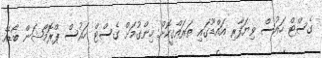
ގެސްޓް ހައުސް ވިޔަފާރި އައްޑޫގައި ތަރައްގީކޮށް ހިންގުމަށް ގެސްޓް ހައުސް ޕްރޮމޯޝަން ބޯޑެއް